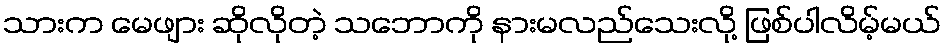
သားက မေဖျား ဆိုလိုတဲ့ သဘောကို နားမလည်သေးလို့ ဖြစ်ပါလိမ့်မယ်